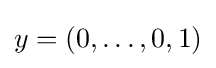
y=(0,\ldots ,0,1)